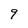
Character: 9